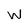
Character: W